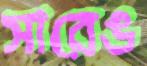
সারেঙ